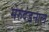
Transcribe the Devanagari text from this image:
मेरुदंडनाल